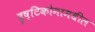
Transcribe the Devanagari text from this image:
दृष्टिकोनामधील